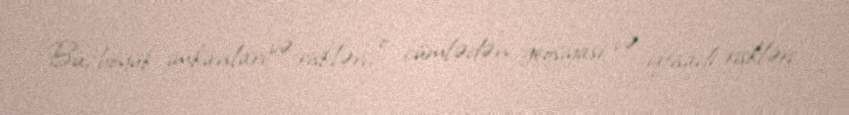
Bu, böyük imkanları və riskləri, o cümlədən geosiyasi və iqtisadi riskləri